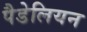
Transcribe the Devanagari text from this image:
पैडेलियन